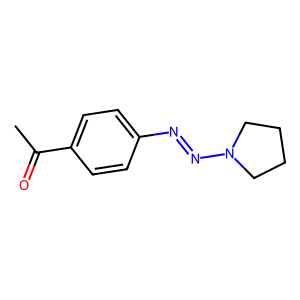
SMILES: CC(=O)c1ccc(N=NN2CCCC2)cc1
Inhibits HIV replication: No